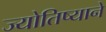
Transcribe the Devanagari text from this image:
ज्योतिष्याने